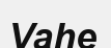
Vahe